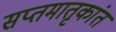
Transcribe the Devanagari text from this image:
सप्तमातृकांत